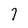
Character: 7